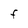
Character: F